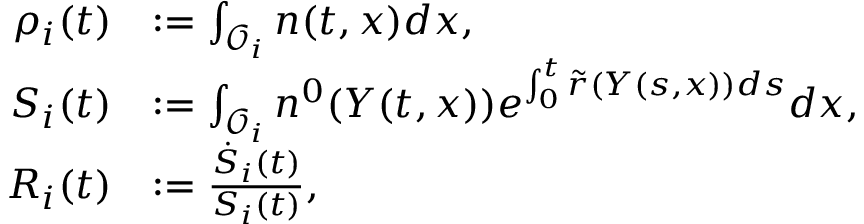
\begin{array} { r l } { \rho _ { i } ( t ) } & { : = \int _ { \mathcal { O } _ { i } } { n ( t , x ) d x } , } \\ { S _ { i } ( t ) } & { : = \int _ { \mathcal { O } _ { i } } { n ^ { 0 } ( Y ( t , x ) ) e ^ { \int _ { 0 } ^ { t } { \tilde { r } ( Y ( s , x ) ) d s } } d x } , } \\ { R _ { i } ( t ) } & { : = \frac { \dot { S } _ { i } ( t ) } { S _ { i } ( t ) } , } \end{array}